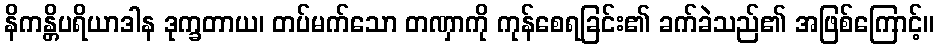
နိကန္တိပရိယာဒါန ဒုက္ခတာယ၊ တပ်မက်သော တဏှာကို ကုန်စေရခြင်း၏ ခက်ခဲသည်၏ အဖြစ်ကြောင့်။